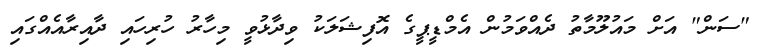
"ސަން" އަށް މައުލޫމާތު ދެއްވަމުން އެމްޑީޕީގެ އޮފިޝަލަކު ވިދާޅުވީ މިހާރު ހުރިހައި ދާއިރާއެއްގައި